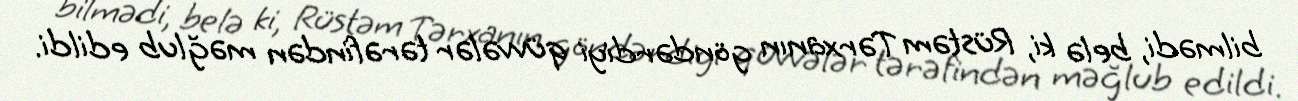
bilmədi, belə ki, Rüstəm Tərxanın göndərdiyi qüvvələr tərəfindən məğlub edildi.